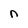
Character: n